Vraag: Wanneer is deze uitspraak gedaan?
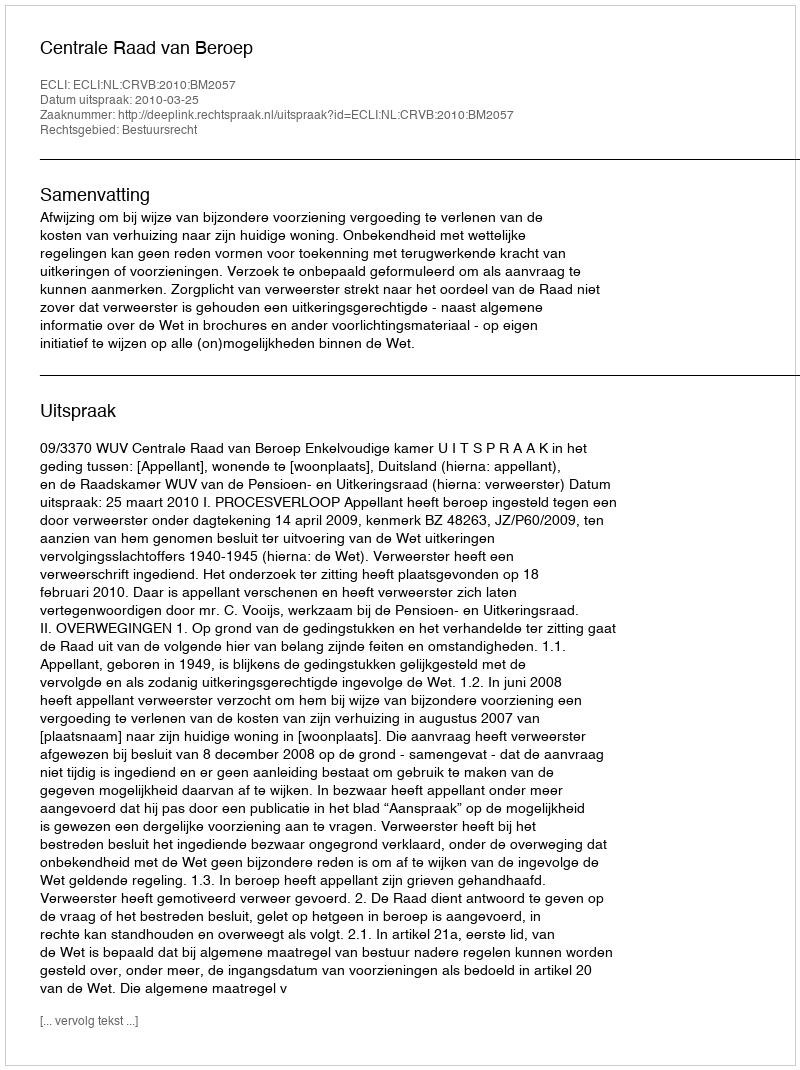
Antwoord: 2010-03-25